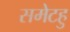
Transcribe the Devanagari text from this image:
समेटहु